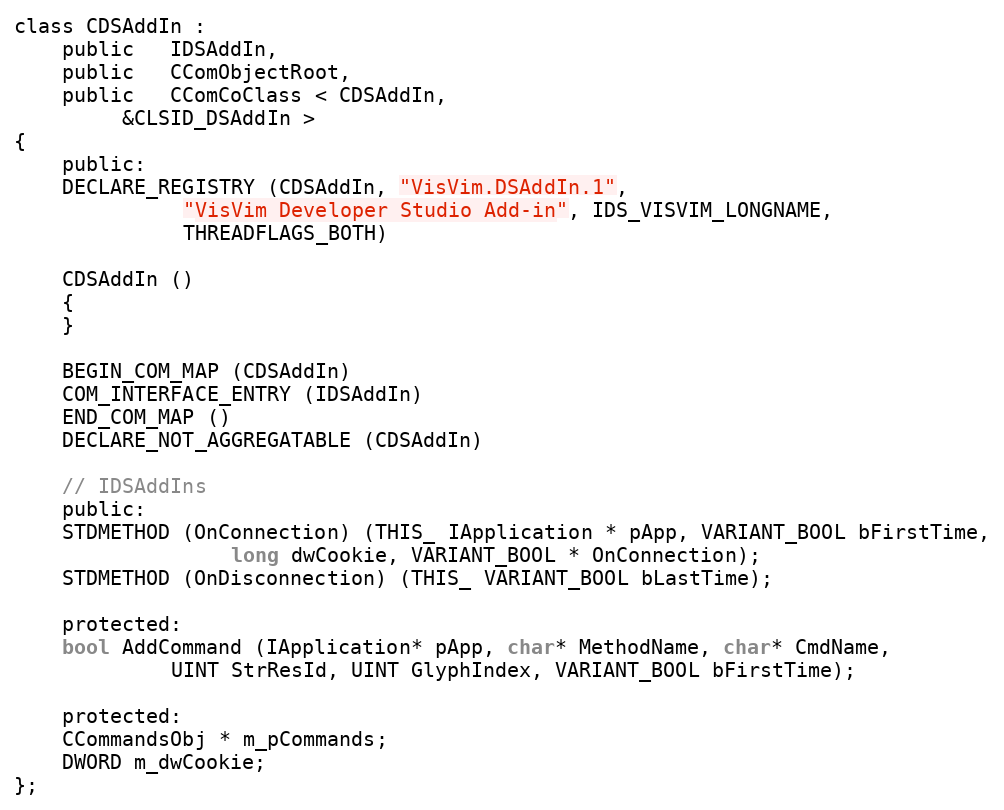
Language: C
class CDSAddIn :
	public   IDSAddIn,
	public   CComObjectRoot,
	public   CComCoClass < CDSAddIn,
		 &CLSID_DSAddIn >
{
    public:
	DECLARE_REGISTRY (CDSAddIn, "VisVim.DSAddIn.1",
			  "VisVim Developer Studio Add-in", IDS_VISVIM_LONGNAME,
			  THREADFLAGS_BOTH)

	CDSAddIn ()
	{
	}

	BEGIN_COM_MAP (CDSAddIn)
	COM_INTERFACE_ENTRY (IDSAddIn)
	END_COM_MAP ()
	DECLARE_NOT_AGGREGATABLE (CDSAddIn)

	// IDSAddIns
    public:
	STDMETHOD (OnConnection) (THIS_ IApplication * pApp, VARIANT_BOOL bFirstTime,
				  long dwCookie, VARIANT_BOOL * OnConnection);
	STDMETHOD (OnDisconnection) (THIS_ VARIANT_BOOL bLastTime);

    protected:
	bool AddCommand (IApplication* pApp, char* MethodName, char* CmdName,
			 UINT StrResId, UINT GlyphIndex, VARIANT_BOOL bFirstTime);

    protected:
	CCommandsObj * m_pCommands;
	DWORD m_dwCookie;
};